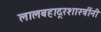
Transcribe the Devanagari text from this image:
लालबहादूरशास्त्रींनी